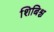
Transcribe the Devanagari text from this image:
शिबिश्च